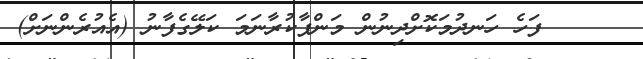
٩     ފަހެ ހަނދުމަކޮށްދިނުން މަންފާކުރާނަމަ ކަލޭގެފާނު (އެއުރެންނަށް)